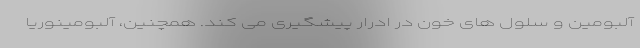
آلبومین و سلول های خون در ادرار پیشگیری می کند. همچنین، آلبومینوریا